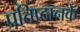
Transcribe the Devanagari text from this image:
प्रतिष्ठानके